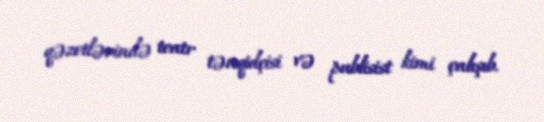
qəzetlərində teatr tənqidçisi və publisist kimi çalışıb.